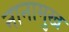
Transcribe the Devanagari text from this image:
नानामुख